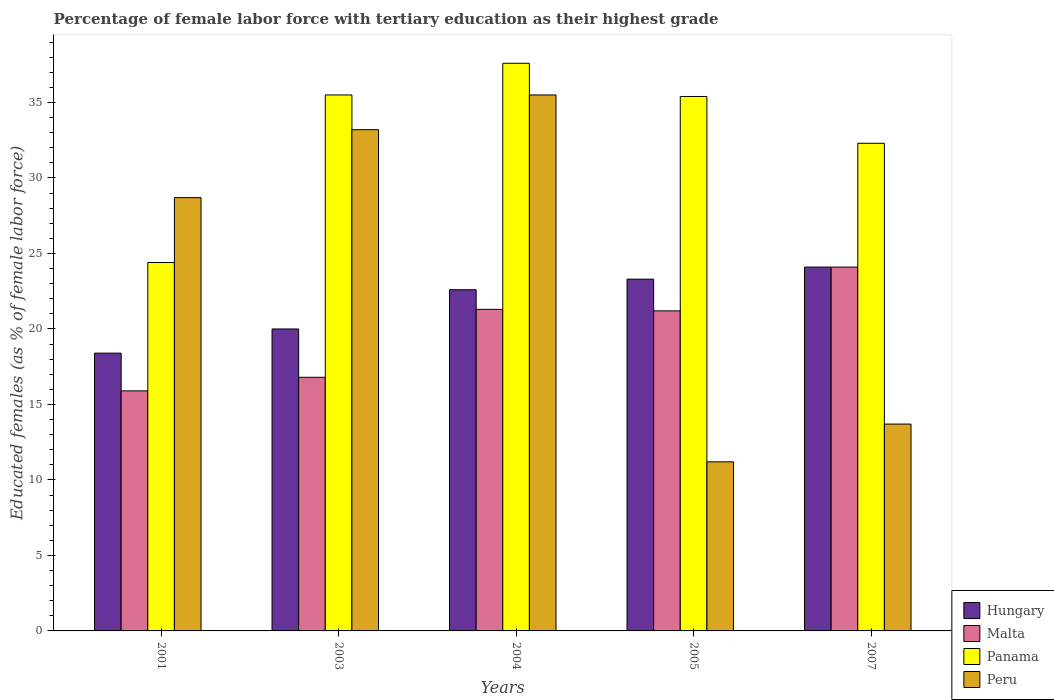
| Years | Hungary | Malta | Panama | Peru |
 | --- | --- | --- | --- | --- |
 | 2001 | 18.4 | 15.9 | 24.4 | 28.7 |
 | 2003 | 20 | 16.8 | 35.5 | 33.2 |
 | 2004 | 22.6 | 21.3 | 37.6 | 35.5 |
 | 2005 | 23.3 | 21.2 | 35.4 | 11.2 |
 | 2007 | 24.1 | 24.1 | 32.3 | 13.7 |